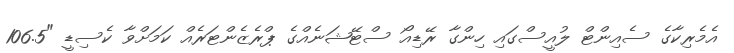
އެމެރިކާގެ ސެއިންޓް ލުއީސްގައި ހިންގާ ރޭޑިއޯ ސްޓޭޝަނެއްގެ ޕްރެޒެންޓަރެއް ކަމަށްވާ ކެސިޑީ "106.5